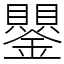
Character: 鑍